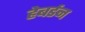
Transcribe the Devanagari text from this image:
हेबर्डन